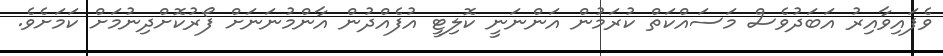
ވެފައިވާއިރު އަބަދުވެސް މަސައްކަތް ކުރަމުން އަންނަނީ ކޮލިޓީ އުފެއްދުން އާންމުނަނަށް ފޯރުކޮށްދިނުމަށް ކަމަށެވެ.